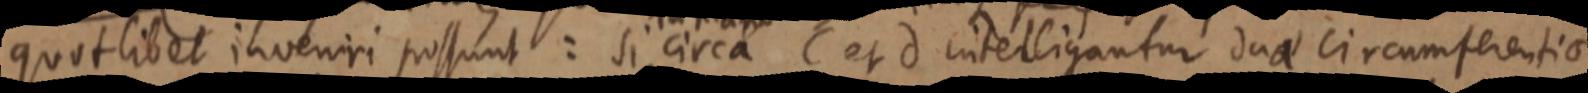
quotlibet inveniri possunt: si circa C et d intelligantur duae circumferentiae